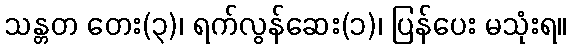
သန္တတ တေး(၃)၊ ရက်လွန်ဆေး(၁)၊ ပြန်ပေး မသုံးရ။